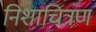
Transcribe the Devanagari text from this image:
निशाचित्रण